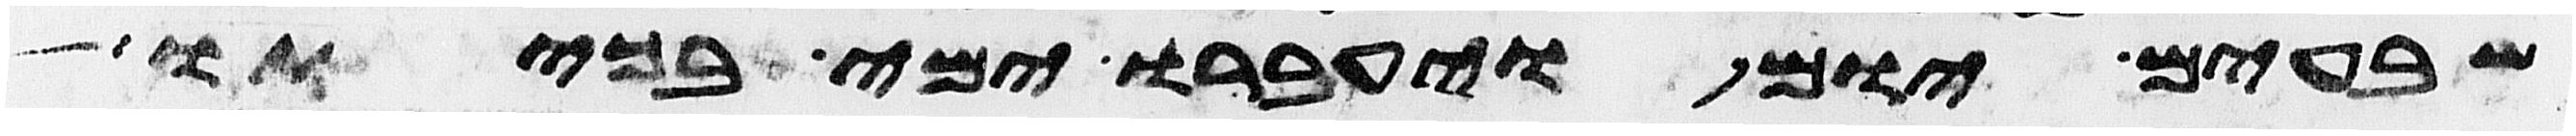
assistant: שבעים יום ויעברו ימי בכיתו